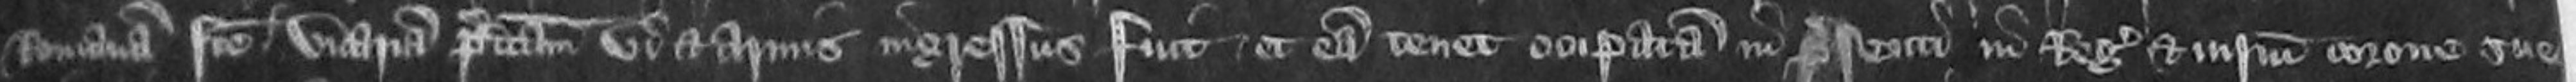
Romanam facte vicariam predictam vi et armis ingressus fuit et eam tenet occupatam in presenti in regis et iniurium corone sue